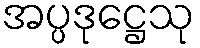
အပ္ပဒုဋ္ဌေသု